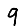
Digit: 9